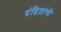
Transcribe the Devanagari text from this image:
दंडितांची